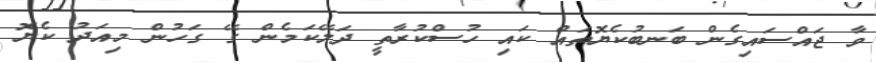
ވާ ޖައްސައިގެން ބަނބުކެޔޮތައް ކައި ހުސްކުރާތީ ދަލޭކަމެން ގޭ ގަހުން މިއަދު ކެޔޮ